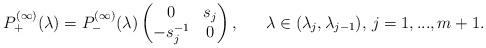
LaTeX: \begin{align*}& P^{(\infty)}_{+}(\lambda) = P^{(\infty)}_{-}(\lambda)\begin{pmatrix}0 & s_{j} \\ -s_{j}^{-1} & 0\end{pmatrix}, & & \lambda \in (\lambda_{j},\lambda_{j-1}), \, j = 1,...,m+1.\end{align*}